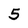
Character: 5